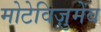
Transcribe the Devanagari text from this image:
मोटेविज़ुमेब